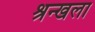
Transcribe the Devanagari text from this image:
श्रन्खला